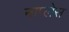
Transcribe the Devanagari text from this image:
नाप्लेस